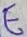
Text: E